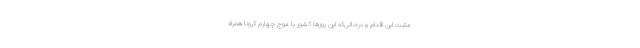
مثبت این اقدام و درحالی‌که این روزها کشور با موج چهارم کرونا همراه